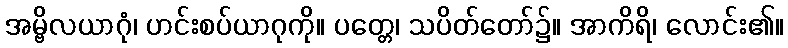
အမ္ဗိလယာဂုံ၊ ဟင်းစပ်ယာဂုကို။ ပတ္တေ၊ သပိတ်တော်၌။ အာကိရိ၊ လောင်း၏။